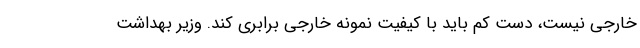
خارجی نیست، دست کم باید با کیفیت نمونه خارجی برابری کند. وزیر بهداشت